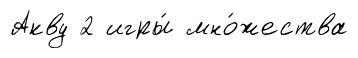
Акву 2 игры́ мно́жества